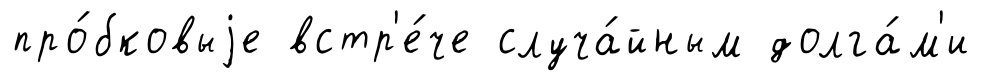
про́бковыjе встр'е́че случа́йным долга́м'и